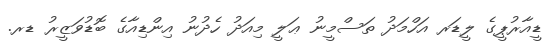
ޑީއާރުޕީގެ ލީޑަރ އަހްމަދު ތަސްމީނު ޢަލީ މިއަދު ހެދުނު އިންޑިއާގެ ބޮޑުވަޒީރު ޑރ.